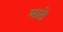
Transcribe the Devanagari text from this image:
माठे